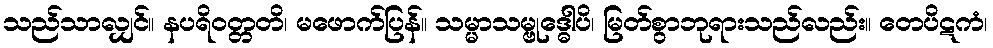
သည်သာလျှင်။ နပရိဝတ္တတိ၊ မဖောက်ပြန်။ သမ္မာသမ္ဗုဒ္ဓေါပိ၊ မြတ်စွာဘုရားသည်လည်း။ တေပိဋကံ၊